Vaccination in Bombay 1856-1862 - 1856-1862
Year: 1856
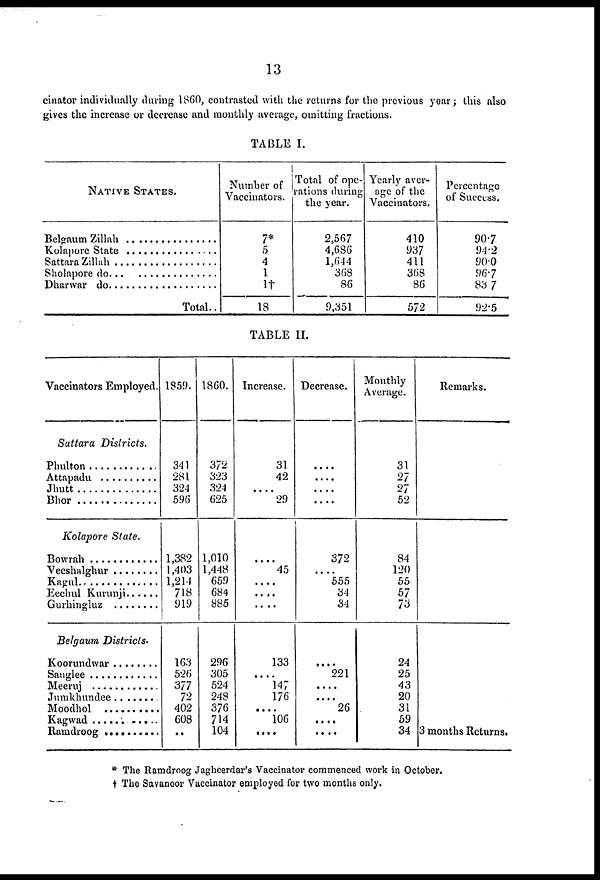
13
cinator individually during 1860, contrasted with the returns for the previous year; this also
gives the increase or decrease and monthly average, omitting fractions.
TABLE I.
NATIVE STATES.
Belgaum Zillah . . . . .
Kolapore State . . . . .
Sattara Zillah . . . . .
Sholapore do. . . . . .
Dharwar do. . . . . .
Total..
Number of
Vaccinators.
7*
5
4
1
1†
18
Total of ope-
rations during
the year.
2,567
4,686
1,644
368
86
9,351
Yearly aver-
age of the
Vaccinators.
410
937
411
368
86
572
Percentage
of Success.
90.7
94.2
90.0
96.7
83.7
92.5
TABLE II.
Vaccinators Employed.
Suttara Districts.
Phulton . . . . . .
Attapadu . . . . .
Jhutt . . . . . .
Bhor . . . . . .
Kolapore State.
Bowrah . . . . . . . .
Vesshalghur . . . . . . .
Kagul . . . . . . .
Eechul Kurunji . . . . .
Gurhingluz . . . . .
Belgaum Districts.
Koorundwar . . . . . . . .
Sanglee . . . . . . . .
Meeruj . . . . . . . .
Jumkhundee . . . . . . .
Moodhol . . . . . . . . .
Kagwad . . . . . . . . . .
Ramdroog . . . . . . . .
1859.
341
281
324
596
1,382
1,403
1,214
718
919
163
526
377
72
402
608
....
1860.
372
323
324
625
1,010
1,448
659
684
885
296
305
524
248
376
714
104
Increase.
31
42
....
29
....
45
....
....
....
133
....
147
176
....
106
....
Decrease.
....
....
....
....
372
....
555
34
34
....
221
....
....
26
....
....
Monthly
Average.
31
27
27
52
84
120
55
57
73
24
25
43
20
31
59
34
Remarks.
3 months Returns.
* The Ramdroog Jagheerdar's Vaccinator commenced work in October.
† The Savanoor Vaccinator employed for two months only.